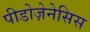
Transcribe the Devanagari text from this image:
पीडोज़ेनेसिस